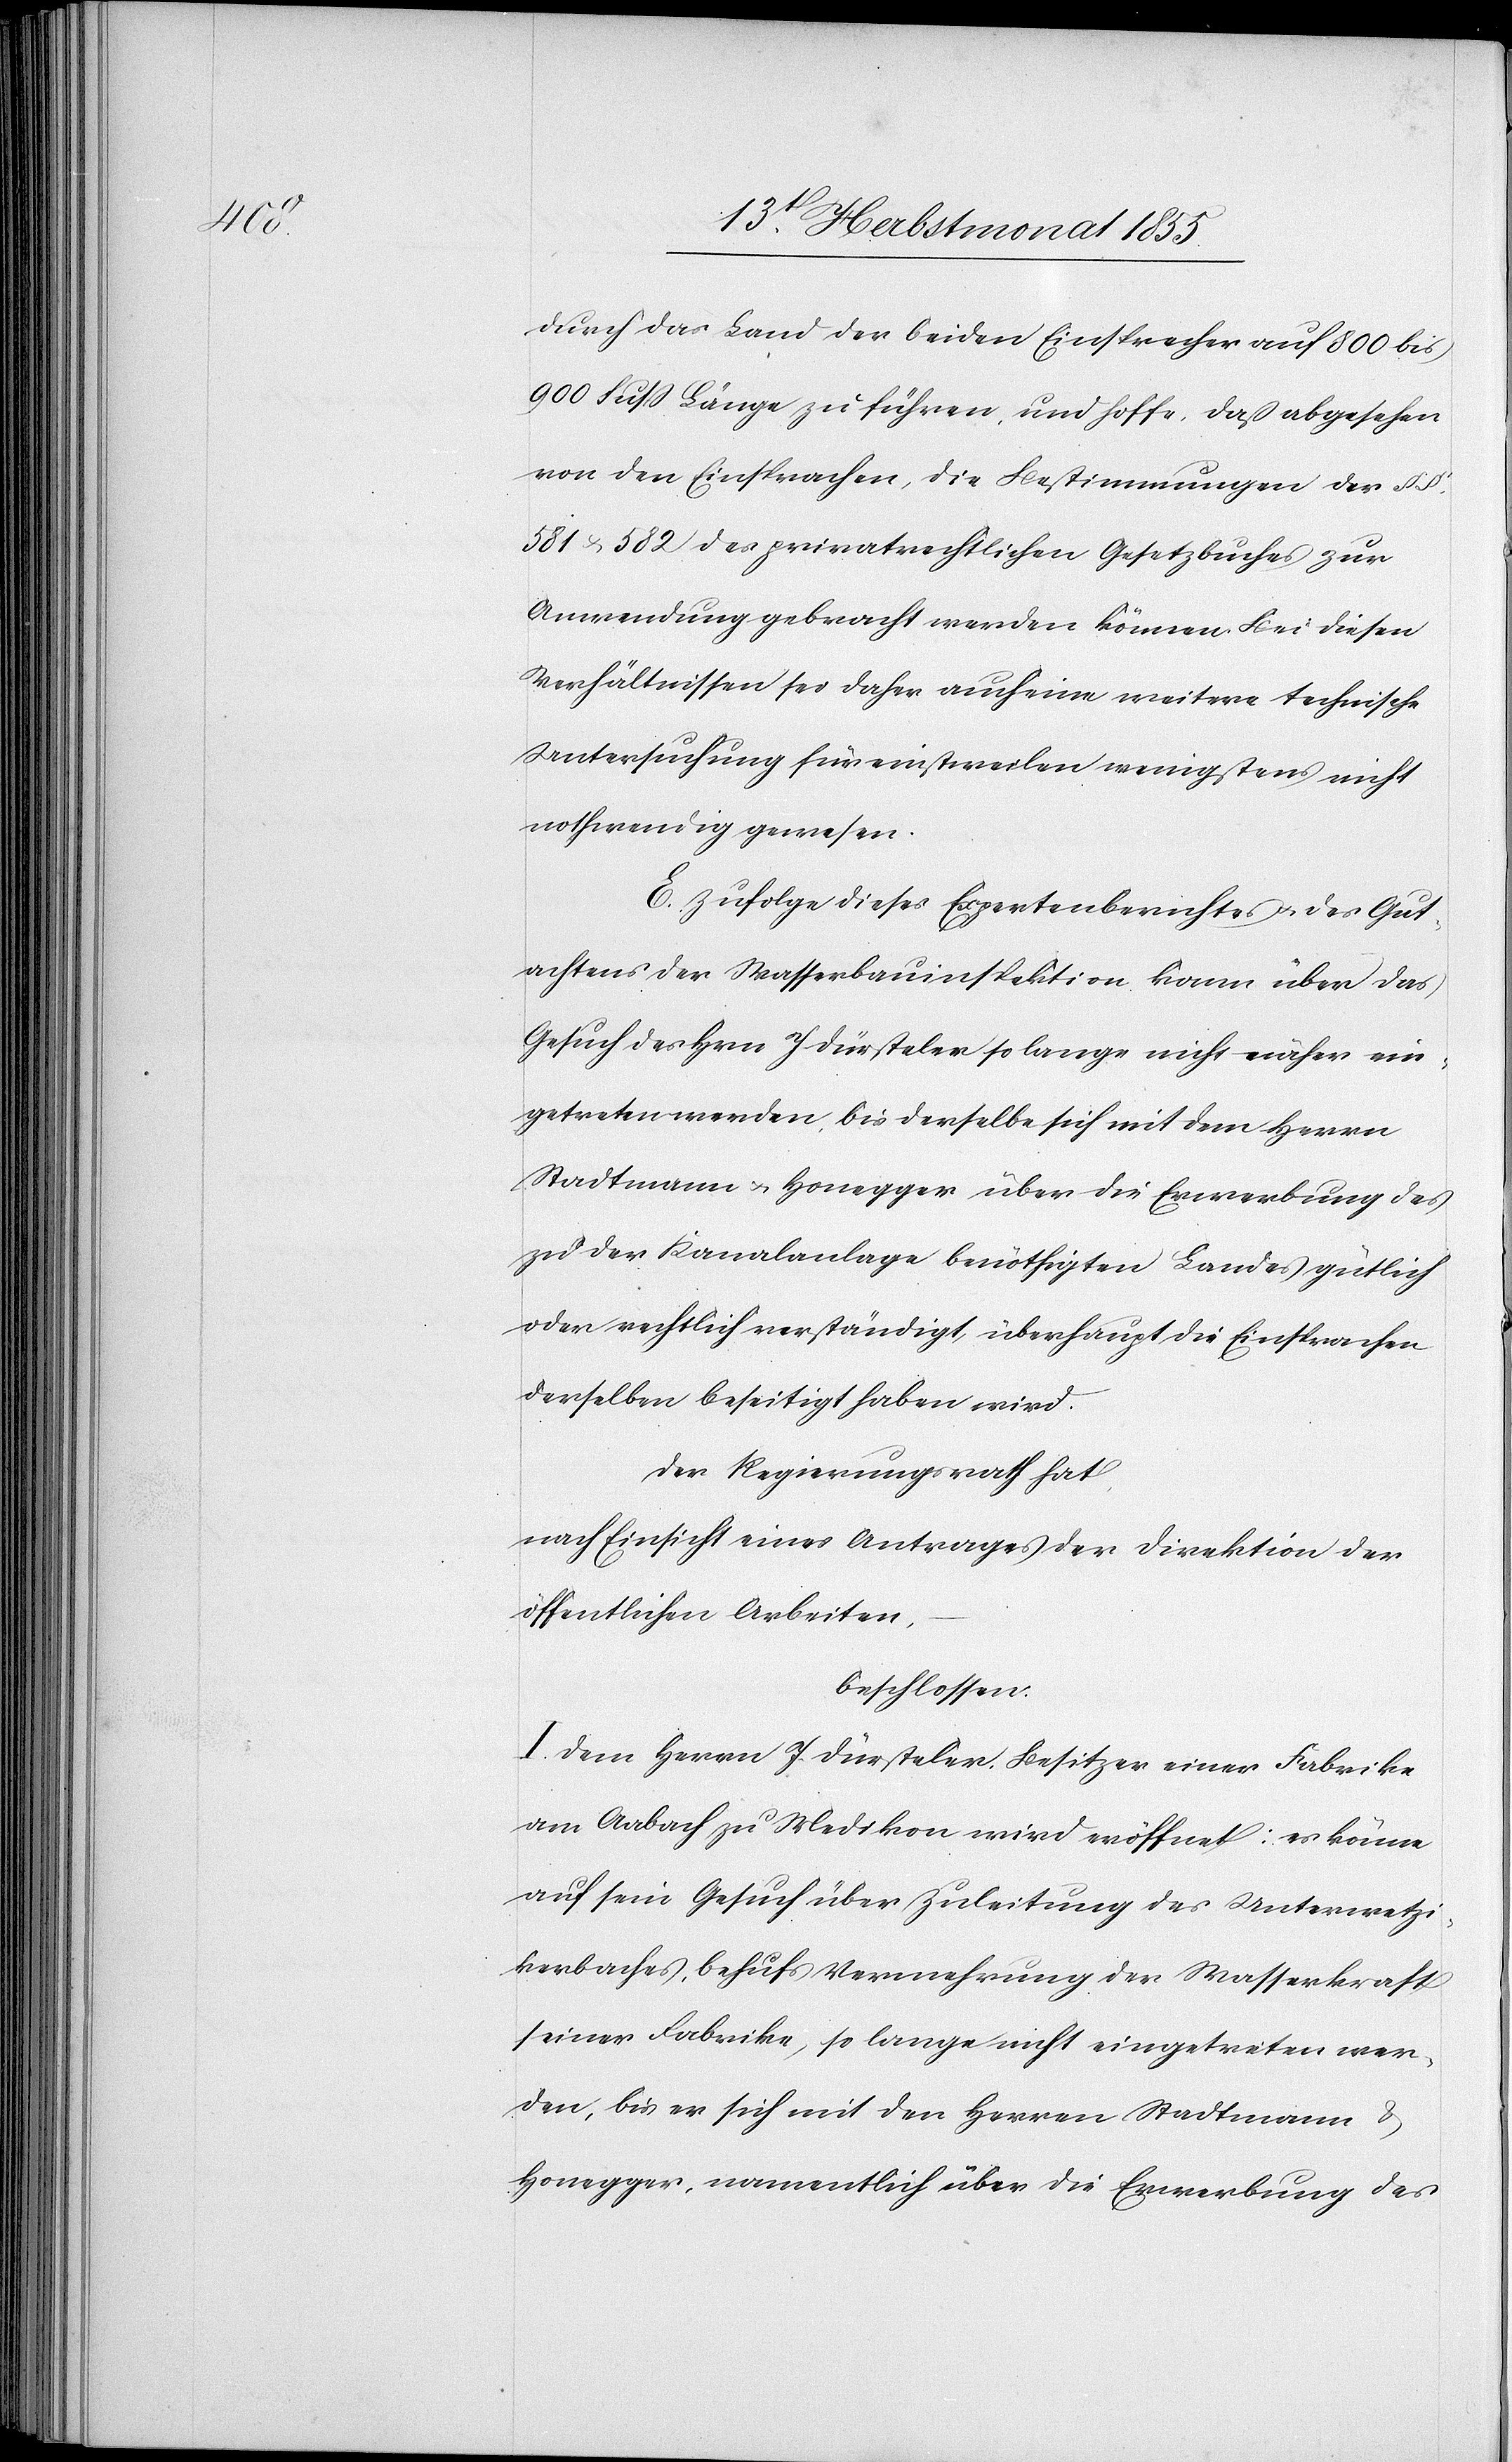
durch das Land der beiden Einsprecher auf 800 bis
900 Fuss Länge zu führen, und hoffe, daß abgesehen
von den Einsprachen, die Bestimmungen der §§.
581 & 582 des privatrechtlichen Gesetzbuches zur
Anwendung gebracht werden können. Bei diesen
Verhältnissen sei daher auch eine weitere technische
Untersuchung für einstweilen wenigstens nicht
nothwendig gewesen.
E. Zufolge dieses Expertenberichtes & des Gut¬
achtens der Wasserbauinspektion kann über das
Gesuch des Hrn J. Dürsteler so lange nicht näher ein¬
getreten werden, bis derselbe sich mit dem Herrn
Stadtmann & Honegger über die Erwerbung des
zu der Kanalanlage benöthigten Landes gütlich
oder rechtlich verständigt, überhaupt die Einsprachen
derselben beseitigt haben wird.
Der Regierungsrath hat,
nach Einsicht eines Antrages der Direktion der
öffentlichen Arbeiten,
beschlossen:
I. Dem Herrn J. Dürsteler, Besitzer einer Fabrike
am Aabach zu Medikon wird eröffnet: es könne
auf sein Gesuch über Zuleitung des Unterwetzi¬
kerbaches, behufs Vermehrung der Wasserkraft
seiner Fabrike, so lange nicht eingetreten wer¬
den, bis er sich mit den Herren Stadtmann &
Honegger, namentlich über die Erwerbung des